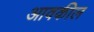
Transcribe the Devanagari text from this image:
आवकील